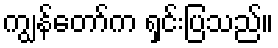
ကျွန်တော်က ရှင်းပြသည်။